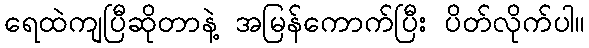
ရေထဲကျပြီဆိုတာနဲ့ အမြန်ကောက်ပြီး ပိတ်လိုက်ပါ။